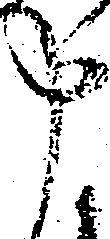
申